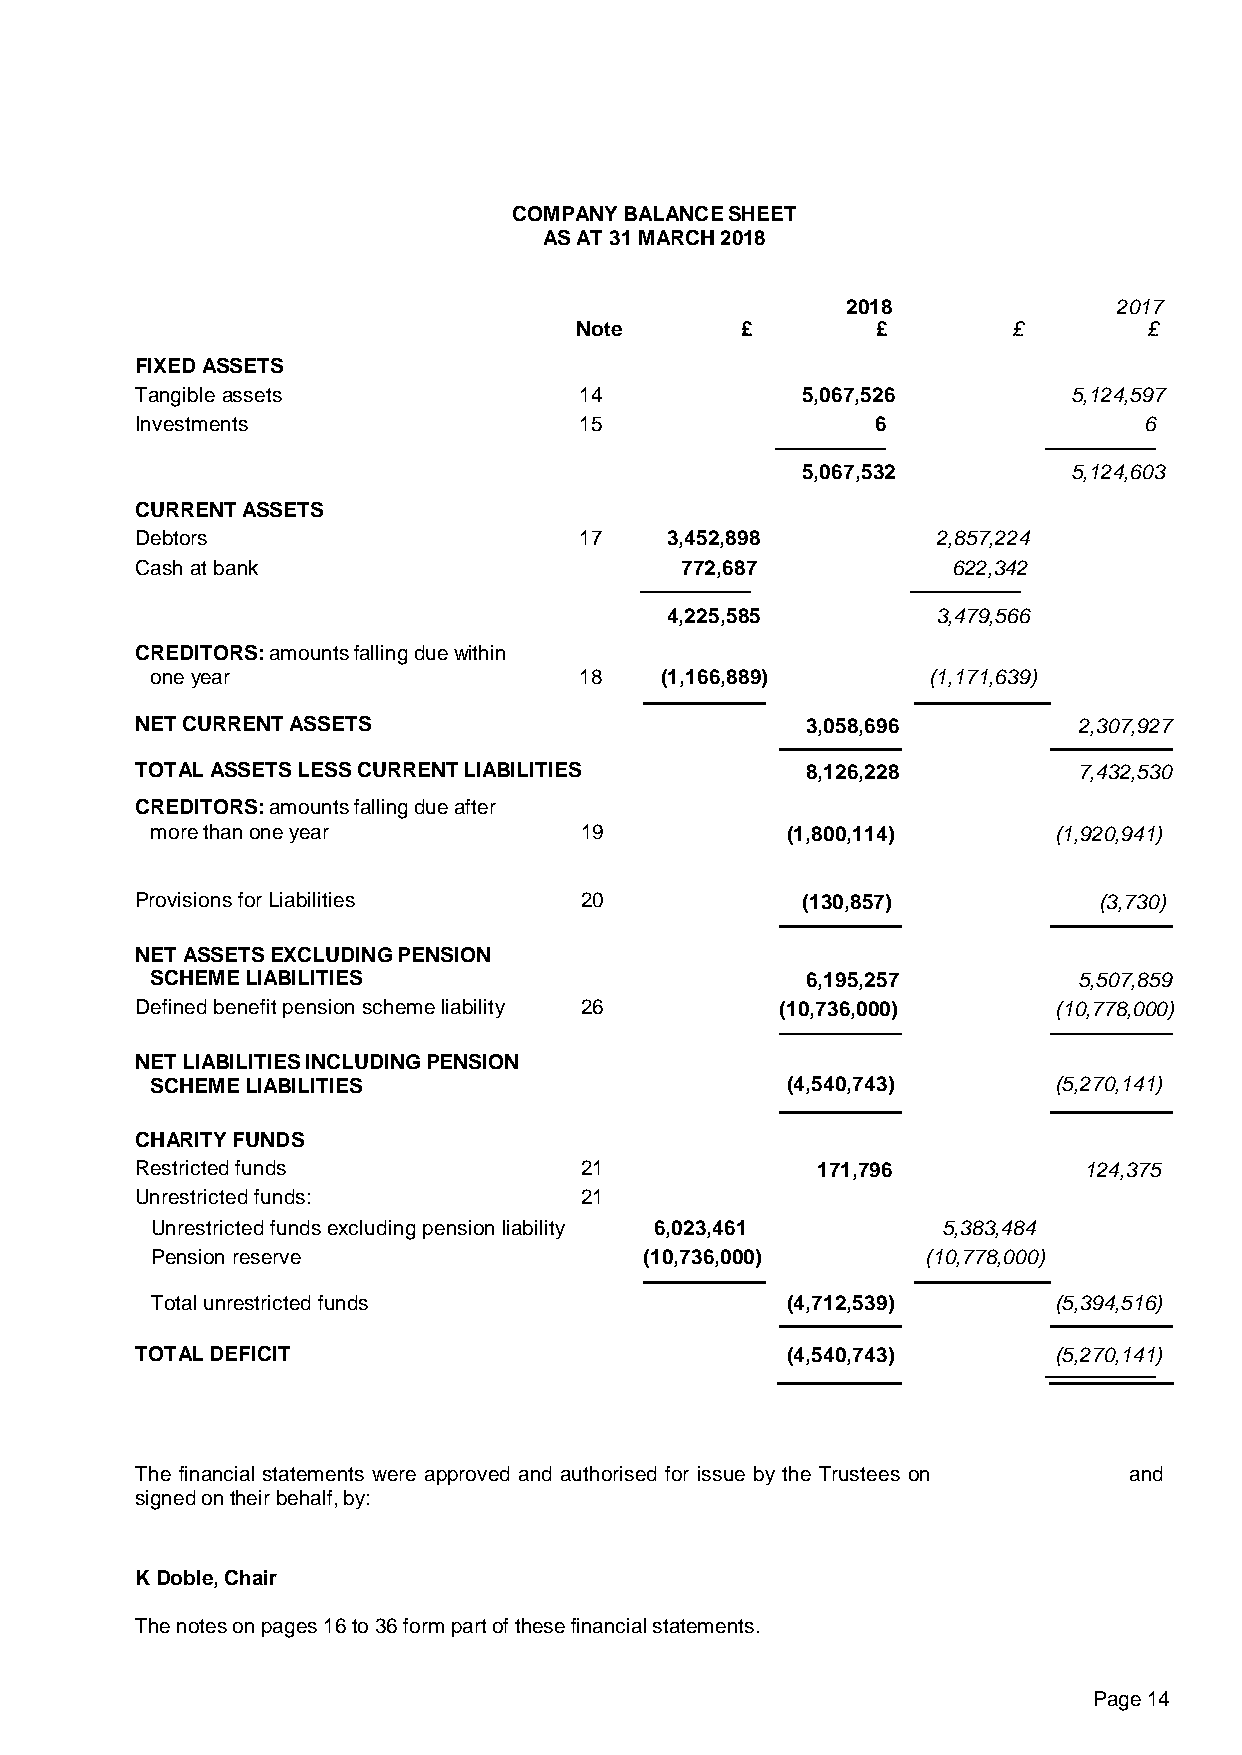
COMPANY BALANCE SHEET
 AS AT 31 MARCH 2018
 2018              2017
 Note       £        £        £        £
 FIXED ASSETS
 Tangible assets              14             5,067,526         5,124,597
 Investments                  15                  6                 6
 5,067,532         5,124,603
 CURRENT ASSETS
 Debtors                      17    3,452,898         2,857,224
 Cash at bank                        772,687           622,342
 4,225,585         3,479,566
 CREDITORS: amounts falling due within
 one year                    18    (1,166,889)       (1,171,639)
 NET CURRENT ASSETS                          3,058,696         2,307,927
 TOTAL ASSETS LESS CURRENT LIABILITIES       8,126,228         7,432,530
 CREDITORS: amounts falling due after
 more than one year          19            (1,800,114)       (1,920,941)
 Provisions for Liabilities   20             (130,857)           (3,730)
 NET ASSETS EXCLUDING PENSION
 SCHEME LIABILITIES                         6,195,257         5,507,859
 Defined benefit pension scheme liability 26 (10,736,000)     (10,778,000)
 NET LIABILITIES INCLUDING PENSION
 SCHEME LIABILITIES                        (4,540,743)       (5,270,141)
 CHARITY FUNDS
 Restricted funds             21              171,796           124,375
 Unrestricted funds:          21
 Unrestricted funds excluding pension liability 6,023,461 5,383,484
 Pension reserve                  (10,736,000)      (10,778,000)
 Total unrestricted funds                  (4,712,539)       (5,394,516)
 TOTAL DEFICIT                              (4,540,743)       (5,270,141)
 The financial statements were approved and authorised for issue by the Trustees on and
 signed on their behalf, by:
 K Doble, Chair
 The notes on pages 16 to 36 form part of these financial statements.
 Page 14